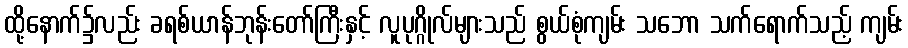
ထို့နောက်၌လည်း ခရစ်ယာန်ဘုန်းတော်ကြီးနှင့် လူပုဂ္ဂိုလ်များသည် စွယ်စုံကျမ်း သဘော သက်ရောက်သည့် ကျမ်း